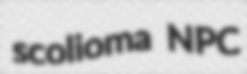
scolioma NPC